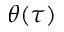
\theta ( \tau )